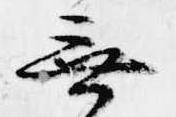
無